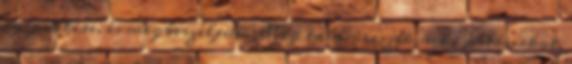
egy sütire, és megbeszéljük. Meg talán veszek neki pótburkot,